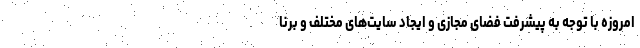
امروزه با توجه به پیشرفت فضای مجازی و ایجاد سایت‌های مختلف و برنا